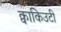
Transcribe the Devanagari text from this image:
क्वाकिउटी